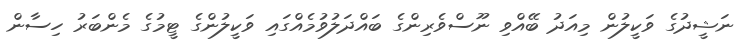
ނަޝީދުގެ ވަކީލުން މިއަދު ބޭއްވި ނޫސްވެރިންގެ ބައްދަލުވުމެއްގައި ވަކީލުންގެ ޓީމުގެ މެންބަރު ހިސާން